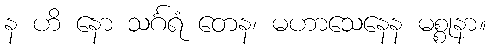
န ဟိ နော သင်္ဂရံ တေန၊ မဟာသေနေန မစ္စုနာ။